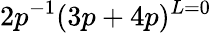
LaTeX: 2p^{-1}(3p+4p)^{L=0}